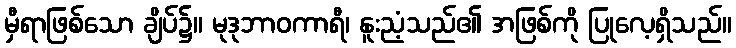
မှီရာဖြစ်သော ချိပ်၌။ မုဒုဘာဝကာရီ၊ နူးညံ့သည်၏ အဖြစ်ကို ပြုလေ့ရှိသည်။